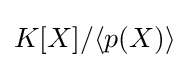
K[X]/\langle p(X)\rangle